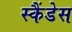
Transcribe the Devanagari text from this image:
स्कैंडेस